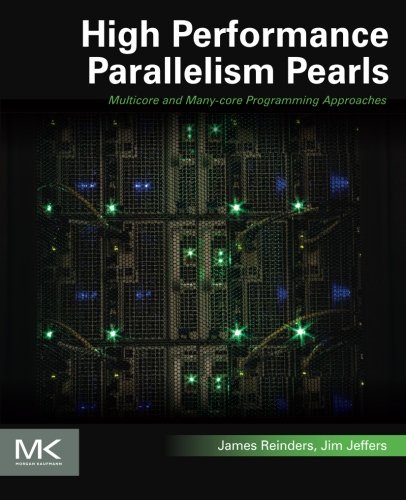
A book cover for High Performance Parallelism Pearls Volume One: Multicore and Many-core Programming Approaches; James Reinders; Computers & Technology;